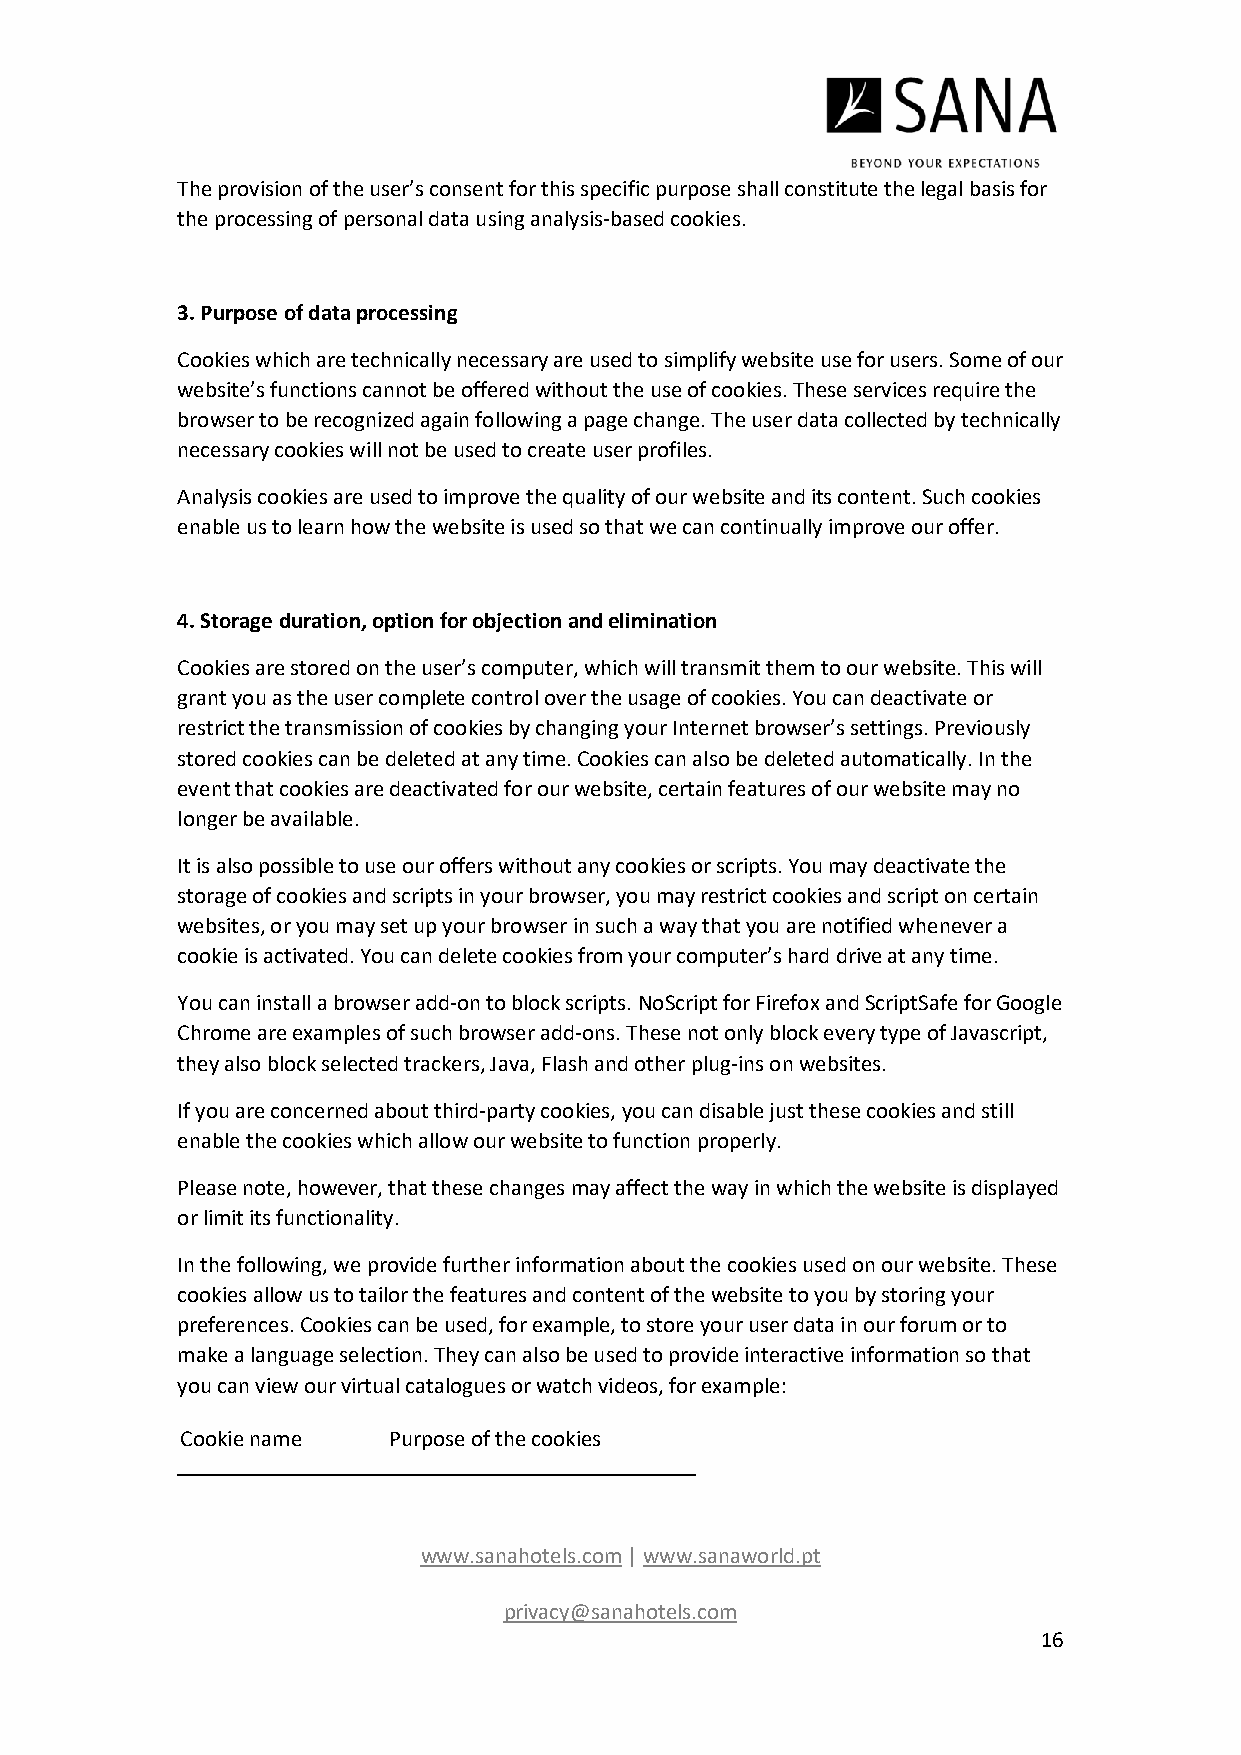
The provision of the user’s consent for this specific purpose shall constitute the legal basis for
 the processing of personal data using analysis-based cookies.
 3. Purpose of data processing
 Cookies which are technically necessary are used to simplify website use for users. Some of our
 website’s functions cannot be offered without the use of cookies. These services require the
 browser to be recognized again following a page change. The user data collected by technically
 necessary cookies will not be used to create user profiles.
 Analysis cookies are used to improve the quality of our website and its content. Such cookies
 enable us to learn how the website is used so that we can continually improve our offer.
 4. Storage duration, option for objection and elimination
 Cookies are stored on the user’s computer, which will transmit them to our website. This will
 grant you as the user complete control over the usage of cookies. You can deactivate or
 restrict the transmission of cookies by changing your Internet browser’s settings. Previously
 stored cookies can be deleted at any time. Cookies can also be deleted automatically. In the
 event that cookies are deactivated for our website, certain features of our website may no
 longer be available.
 It is also possible to use our offers without any cookies or scripts. You may deactivate the
 storage of cookies and scripts in your browser, you may restrict cookies and script on certain
 websites, or you may set up your browser in such a way that you are notified whenever a
 cookie is activated. You can delete cookies from your computer’s hard drive at any time.
 You can install a browser add-on to block scripts. NoScript for Firefox and ScriptSafe for Google
 Chrome are examples of such browser add-ons. These not only block every type of Javascript,
 they also block selected trackers, Java, Flash and other plug-ins on websites.
 If you are concerned about third-party cookies, you can disable just these cookies and still
 enable the cookies which allow our website to function properly.
 Please note, however, that these changes may affect the way in which the website is displayed
 or limit its functionality.
 In the following, we provide further information about the cookies used on our website. These
 cookies allow us to tailor the features and content of the website to you by storing your
 preferences. Cookies can be used, for example, to store your user data in our forum or to
 make a language selection. They can also be used to provide interactive information so that
 you can view our virtual catalogues or watch videos, for example:
 Cookie name   Purpose of the cookies
 www.sanahotels.com | www.sanaworld.pt
 privacy@sanahotels.com
 16